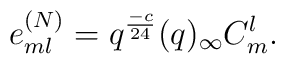
e_{ml}^{(N)}=q^{\frac{-c}{24}}(q)_{\infty}C_m^l.